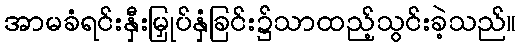
အာမခံရင်းနှီးမြှုပ်နှံခြင်း၌သာထည့်သွင်းခဲ့သည်။